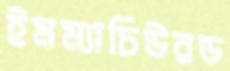
ইমম্যাচিউরড